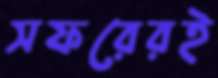
সফরেরই